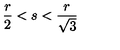
\frac { r } { 2 } < s < \frac { r } { \sqrt { 3 } }